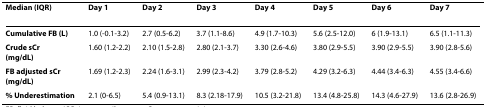
| Median (IQR) | Day 1 | Day 2 | Day 3 | Day 4 | Day 5 | Day 6 | Day 7 |
 | --- | --- | --- | --- | --- | --- | --- | --- |
 | Cumulative FB (L) | 1.0 (-0.1-3.2) | 2.7 (0.5-6.2) | 3.7 (1.1-8.6) | 4.9 (1.7-10.3) | 5.6 (2.5-12.0) | 6 (1.9-13.1) | 6.5 (1.1-11.3) |
 | Crude sCr(mg/dL) | 1.60 (1.2-2.2) | 2.10 (1.5-2.8) | 2.80 (2.1-3.7) | 3.30 (2.6-4.6) | 3.80 (2.9-5.5) | 3.90 (2.9-5.5) | 3.90 (2.8-5.6) |
 | FB adjusted sCr(mg/dL) | 1.69 (1.2-2.3) | 2.24 (1.6-3.1) | 2.99 (2.3-4.2) | 3.79 (2.8-5.2) | 4.29 (3.2-6.3) | 4.44 (3.4-6.3) | 4.55 (3.4-6.6) |
 | % Underestimation | 2.1 (0-6.5) | 5.4 (0.9-13.1) | 8.3 (2.18-17.9) | 10.5 (3.2-21.8) | 13.4 (4.8-25.8) | 14.3 (4.6-27.9) | 13.6 (2.8-26.9) |